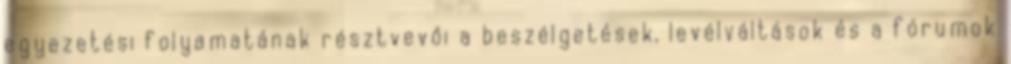
egyezetési folyamatának résztvevői a beszélgetések, levélváltások és a fórumok